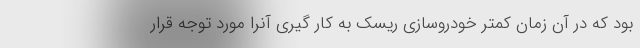
بود که در آن زمان کمتر خودروسازی ریسک به کار گیری آنرا مورد توجه قرار